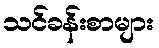
သင်ခန်းစာများ